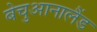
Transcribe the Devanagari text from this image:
बेचुआनालैंड